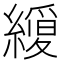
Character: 𮉆